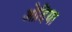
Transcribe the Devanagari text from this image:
ओदिया